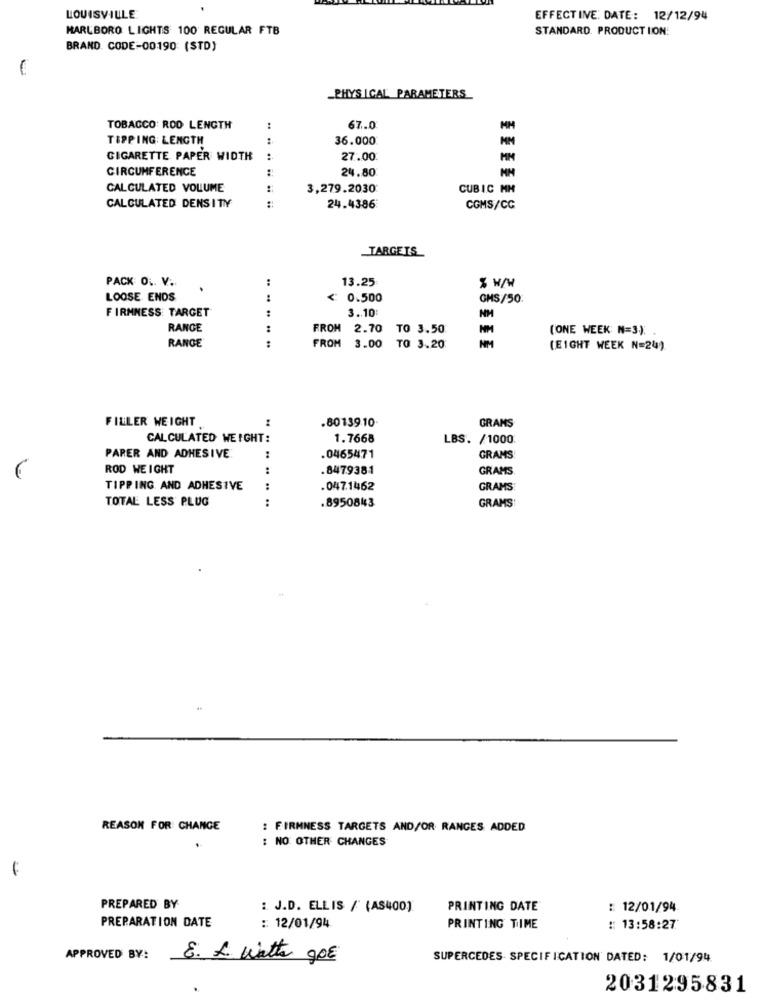
LOUISVILLE
EFFECTINE: DATE: 12/12/94
MARLBORO LIGHTS 100 REGULAR FTB
STANDARD. PRODUCT LION:
BRAND. CODE-00190 (STD)
_PHYS ICAL PARAMETERS
TOBACCO: ROD LENGTH
67.0
TIPPING: LENGTH
:
36.000
CIGARETTE PAPER WIDTH
:
27.00
CIRCUMFERENCE
:
24.80
CALCULATED VOLUME
3,279.2030
CUBIC MM
CALCULATED DENSITY
:
24.4386
COMS/CC
TARGETS
13.25
PACK OL. V.
.
...
LOOSE ENDS
0.500
GHS/50
FIRMMESS: TARGET
3. 10
...
NH
RANGE
:
FROM
2.70 TO 3.50
(ONE WEEK N=3) .
NM
RANGE
:
FROM 3.00 TO 3.20
(EIGHT WEEK N=24).
FILLER WEIGHT
.80139.10.
GRAMS
CALCULATED WEIGHT:
1.7668
LBS. /1000
PARER AND ADHESIVE
:
0465471
GRAMS
ROD WEIGHT
:
.8479381
GRAMS
TIPPING. AND ADHESIVE
:
.047.1462
GRAMS
TOTAL LESS PLUG
:
.8950843
GRAMS
REASON FOR CHANGE
: FIRMNESS TARGETS AND/OR RANGES ADDED
: NO OTHER CHANGES
PREPARED BY
: J.D. ELLIS / (AS400)
PRINTING DATE
: 12/01/94
PREPARATION DATE
:: 12/01/94
PRINTING TIME
:: 13:58:27
APPROVED BY:
8. L Watter 90E
SUPERCEDES SPECIFICATION DATED: 1/01/94
2031295831